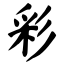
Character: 彩